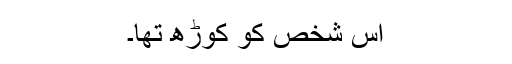
اُس شخص کو کوڑھ تھا۔